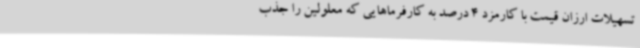
تسهیلات ارزان قیمت با کارمزد 4 درصد به کارفرماهایی که معلولین را جذب